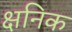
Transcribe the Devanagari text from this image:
क्षनिक